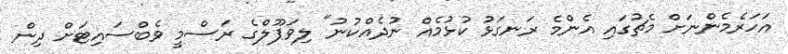
އަހަރެމެންނަށް މެޗުގައި އެންމެ ރަނގަޅު ކުޅުމެއް ނުދެއްކުނު" ލިވަޕޫލްގެ ރަސްމީ ވެބްސައިޓަށް ދިން